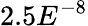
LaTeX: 2.5E^{-8}